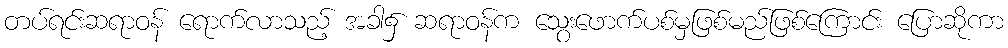
တပ်ရင်းဆရာဝန် ရောက်လာသည့် အခါ၌ ဆရာဝန်က သွေးဖောက်ပစ်မှဖြစ်မည်ဖြစ်ကြောင်း ပြောဆိုကာ